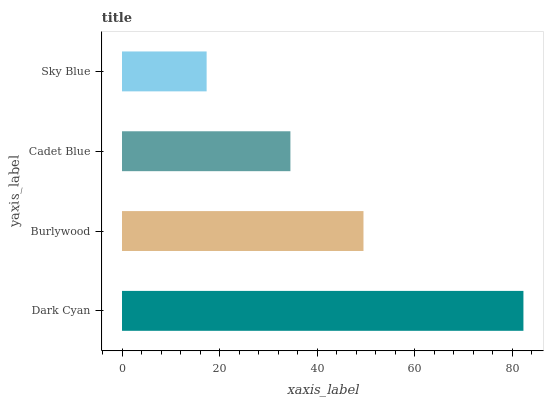
| yaxis_label | bars |
 | --- | --- |
 | Dark Cyan | 82.3 |
 | Burlywood | 49.5 |
 | Cadet Blue | 34.5 |
 | Sky Blue | 17.3 |